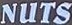
NUTS